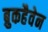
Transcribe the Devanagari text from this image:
ब्रुकहैवेन